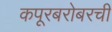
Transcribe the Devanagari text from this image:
कपूरबरोबरची